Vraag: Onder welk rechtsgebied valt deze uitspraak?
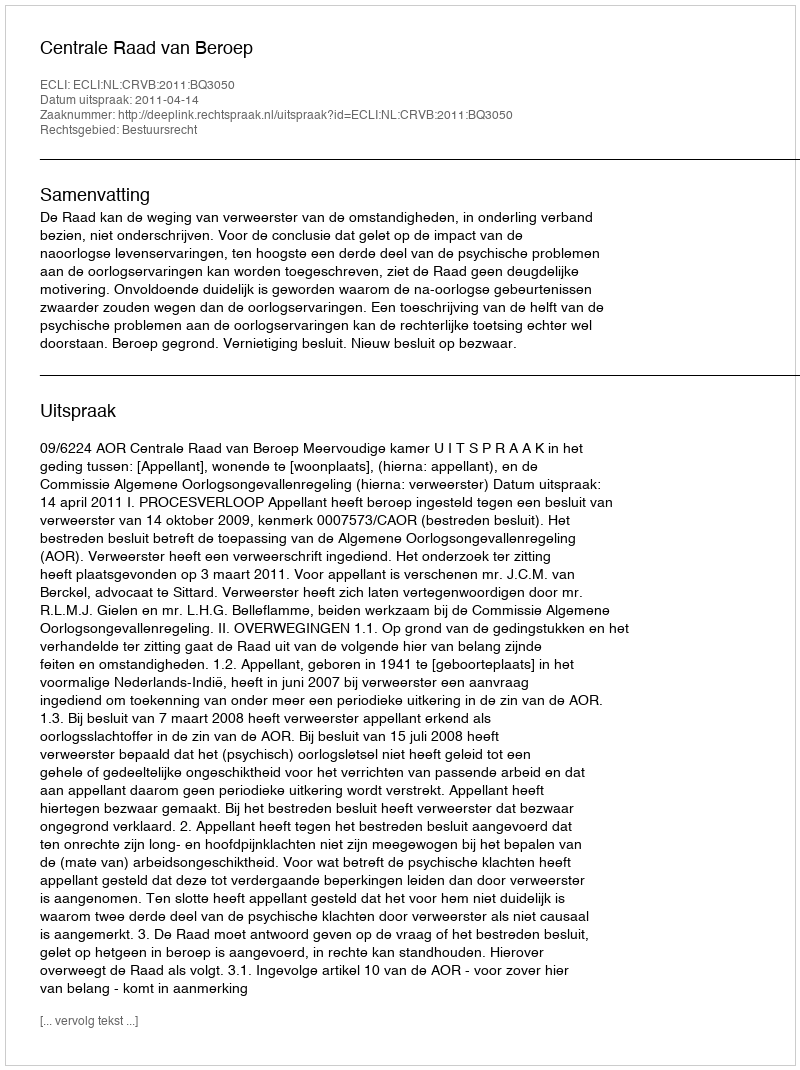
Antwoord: Bestuursrecht